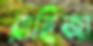
রাহিজা